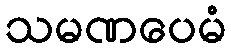
သမဏပေမံ